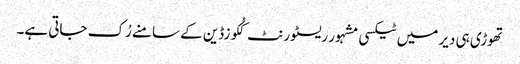
تھوڑی ہی دیر میں ٹیکسی مشہور ریسٹورنٹ کُکوزڈین کے سامنے رُک جاتی ہے۔